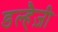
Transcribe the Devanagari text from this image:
डल्हैज़ी